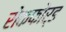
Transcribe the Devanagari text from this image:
रोकफोर्ड